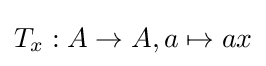
T_{x}:A\to A,a\mapsto ax